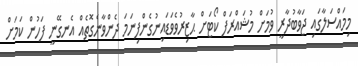
މިމައްސަލާގައި ޖަވާބުދާރީ ވުމަށް މުޝައްރަފް ކޯޓަށް ޙާޒިރުވެވަޑައިނުގެންފިނަމަ ދެންވާނެގޮތެއް އެނގޭނީ ފަހުުން ކަމަށް